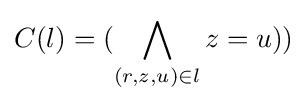
C(l)=({\bigwedge _{(r,z,u)\in l}z=u}))